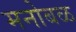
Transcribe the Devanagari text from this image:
मनोबळ